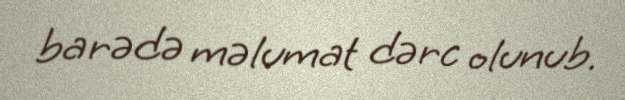
barədə məlumat dərc olunub.